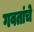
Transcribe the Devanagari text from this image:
गवतांचे